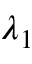
\lambda _ { 1 }